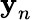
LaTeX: \textbf{y}_{n}